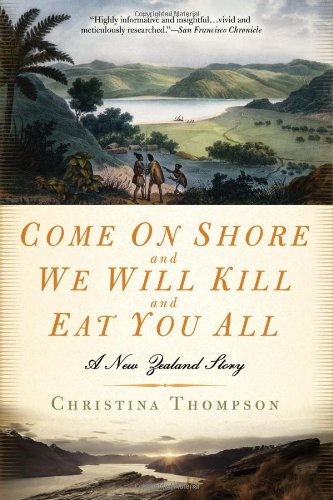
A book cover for Come On Shore and We Will Kill and Eat You All: A New Zealand Story; Christina Thompson; Biographies & Memoirs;